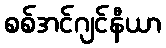
စစ်အင်ဂျင်နီယာ